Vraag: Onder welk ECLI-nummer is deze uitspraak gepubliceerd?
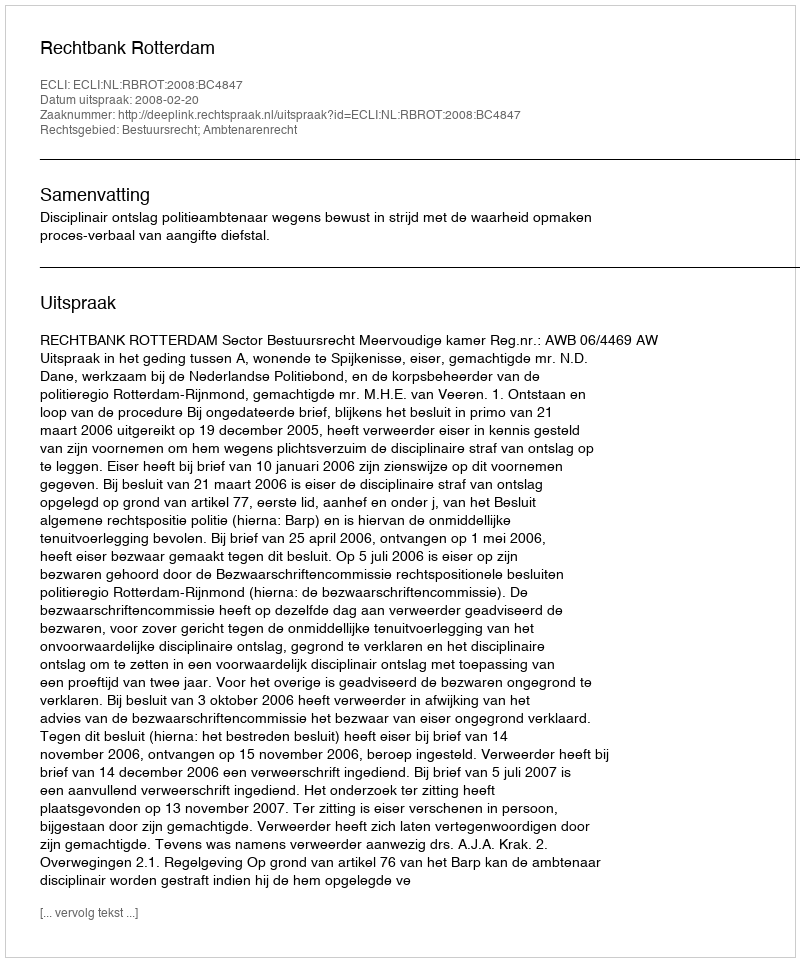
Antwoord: ECLI:NL:RBROT:2008:BC4847